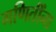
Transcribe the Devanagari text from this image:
गणितींना